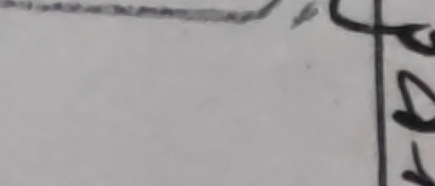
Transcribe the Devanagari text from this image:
९५